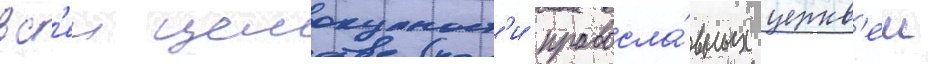
вс'еи целокупност'и правосла́вных церкв'еи